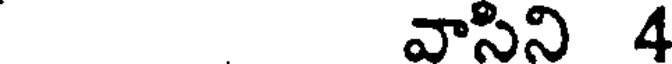
వాసిని 4